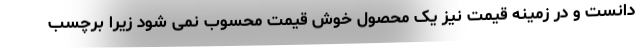
دانست و در زمینه قیمت نیز یک محصول خوش قیمت محسوب نمی شود زیرا برچسب